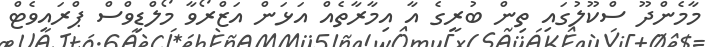
މާމެންދޫ ސްކޫލުގައި ތިން ބުރީގެ އާ އިމާރާތެއް އަޅަން އަޒްރޯވާ މޯލްޑިވްސް ޕްރައިވެޓް